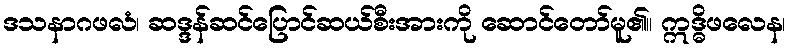
ဒသနာဂဖလံ၊ ဆဒ္ဒန်ဆင်ပြောင်ဆယ်စီးအားကို ဆောင်တော်မူ၏။ ဣဒ္ဓိဖလေန၊